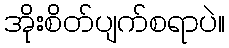
အိုးစိတ်ပျက်စရာပဲ။